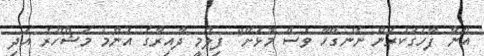
އޭނާ ފާހަގަކުރަން ނޭނގޭހާ ވެސް މޮޅަށޭ" ފިލްމީ ދާއިރާގެ އެންމެ މަޝްހޫރު އަދި